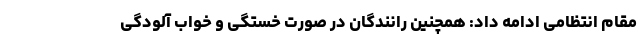
مقام انتظامی ادامه داد: همچنین رانندگان در صورت خستگی و خواب آلودگی